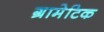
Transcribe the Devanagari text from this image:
ग्रामेटिक